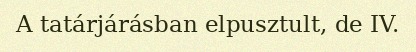
A tatárjárásban elpusztult, de IV.